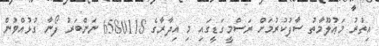
އިތުރު މަޢުލޫމާތު ސާފުކުރުމަށް ރަސްމީގަޑީގައި މި އިދާރާގެ 6580118 ނަންބަރު ފޯނާ ގުޅުއްވުން